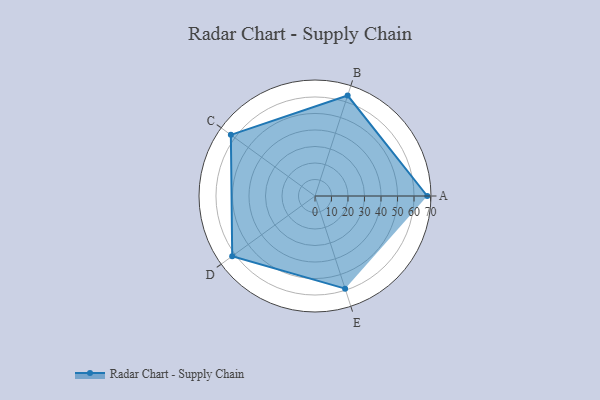
{"axis": {"x": "Skill", "y": "Score"}, "legend": ["Profile"], "data": [{"x": "A", "y": 68.0, "type": "Profile"}, {"x": "B", "y": 64.0, "type": "Profile"}, {"x": "C", "y": 63.0, "type": "Profile"}, {"x": "D", "y": 62.0, "type": "Profile"}, {"x": "E", "y": 59.0, "type": "Profile"}]}